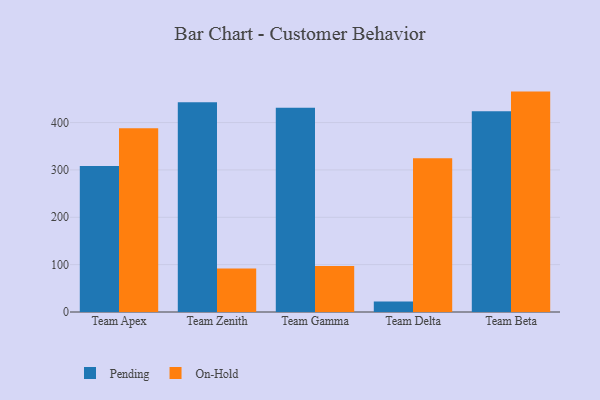
{"axis": {"x": "Team", "y": "Budget (USD K)"}, "legend": ["On-Hold", "Pending"], "data": [{"x": "Team Apex", "y": 308.3, "type": "Pending"}, {"x": "Team Apex", "y": 388.2, "type": "On-Hold"}, {"x": "Team Zenith", "y": 443.0, "type": "Pending"}, {"x": "Team Zenith", "y": 91.9, "type": "On-Hold"}, {"x": "Team Gamma", "y": 431.4, "type": "Pending"}, {"x": "Team Gamma", "y": 97.1, "type": "On-Hold"}, {"x": "Team Delta", "y": 22.3, "type": "Pending"}, {"x": "Team Delta", "y": 324.5, "type": "On-Hold"}, {"x": "Team Beta", "y": 423.7, "type": "Pending"}, {"x": "Team Beta", "y": 465.4, "type": "On-Hold"}]}